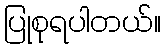
ပြုစုရပါတယ်။